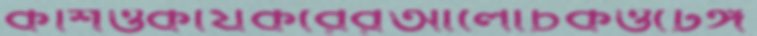
কশিওকার্যকরেরআলোচকওটেঙ্গ